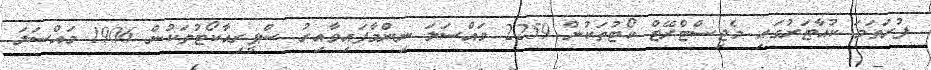
ފުރަތަމަ ކުއާޓަރުގައި މެޖިސްޓްރޭޓް ކޯޓުތަކުން 2259 މައްސަލަ ނިންމާފައިވާއިރު ސްޕީރިއާކޯޓުތަކުން 1906 މައްސަލަ